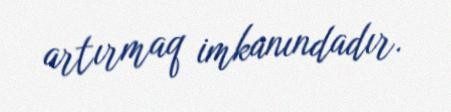
artırmaq imkanındadır.